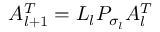
A _ { l + 1 } ^ { T } = L _ { l } P _ { \sigma _ { l } } A _ { l } ^ { T }